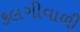
કલગીવાળી